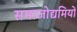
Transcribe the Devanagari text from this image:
समाजोद्यमियों